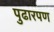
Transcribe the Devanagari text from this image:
पुढारपण